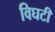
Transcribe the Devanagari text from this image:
विघटी